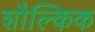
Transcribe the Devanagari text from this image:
शौल्किक